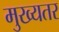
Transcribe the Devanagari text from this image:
मुख्यतर